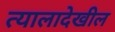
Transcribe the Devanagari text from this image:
त्यालादेखील